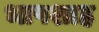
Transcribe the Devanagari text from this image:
भापशाह